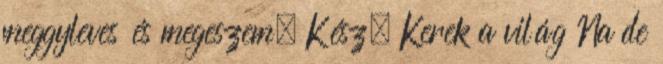
meggyleves és megeszem. Kész. Kerek a világ Na de